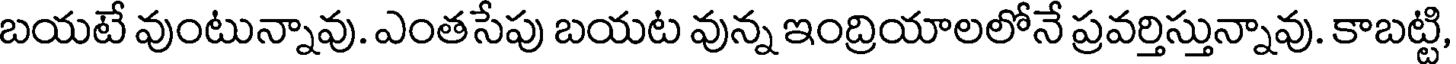
బయటే వుంటున్నావు. ఎంతసేపు బయట వున్న ఇంద్రియాలలోనే ప్రవర్తిస్తున్నావు. కాబట్టి